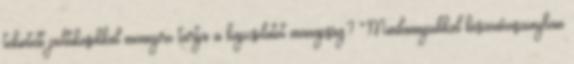
tekintett politikusokkal mennyire tartja a kapcsolatot manapság? Mindannyiukkal köszönőviszonyban